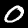
Digit: 0